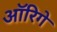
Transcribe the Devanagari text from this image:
ऑरिगे